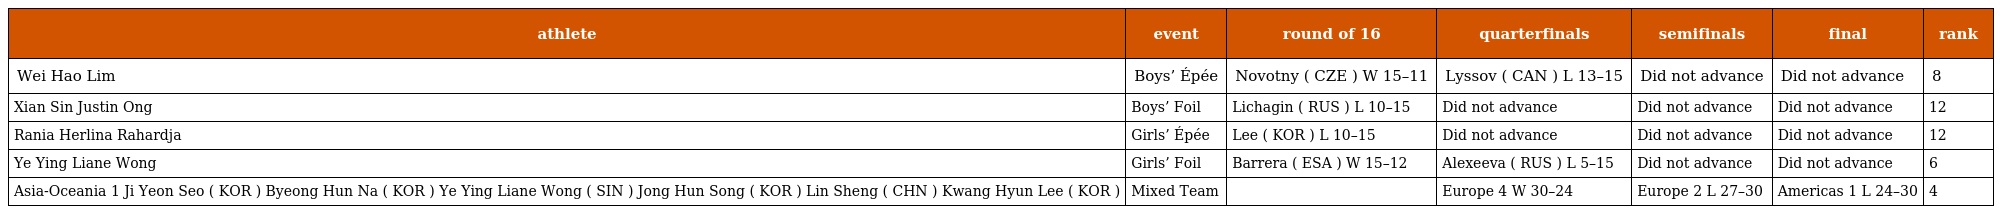
| athlete | event | round of 16 | quarterfinals | semifinals | final | rank |
 | --- | --- | --- | --- | --- | --- | --- |
 | Wei Hao Lim | Boys’ Épée | Novotny ( CZE ) W 15–11 | Lyssov ( CAN ) L 13–15 | Did not advance | Did not advance | 8 |
 | Xian Sin Justin Ong | Boys’ Foil | Lichagin ( RUS ) L 10–15 | Did not advance | Did not advance | Did not advance | 12 |
 | Rania Herlina Rahardja | Girls’ Épée | Lee ( KOR ) L 10–15 | Did not advance | Did not advance | Did not advance | 12 |
 | Ye Ying Liane Wong | Girls’ Foil | Barrera ( ESA ) W 15–12 | Alexeeva ( RUS ) L 5–15 | Did not advance | Did not advance | 6 |
 | Asia-Oceania 1 Ji Yeon Seo ( KOR ) Byeong Hun Na ( KOR ) Ye Ying Liane Wong ( SIN ) Jong Hun Song ( KOR ) Lin Sheng ( CHN ) Kwang Hyun Lee ( KOR ) | Mixed Team |  | Europe 4 W 30–24 | Europe 2 L 27–30 | Americas 1 L 24–30 | 4 |